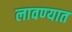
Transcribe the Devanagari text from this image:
लावण्‍यात